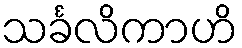
သင်္ခလိကာဟိ